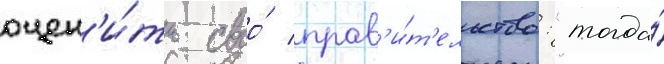
оцен'и́ть своо́ прав'и́т'ельство: "тогда́